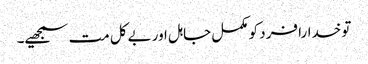
تو خدارا فرد کو مکمل جاہل اور بےکل مت سمجھیے۔